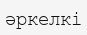
әркелкі